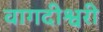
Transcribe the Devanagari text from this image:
वागदीश्वरी